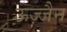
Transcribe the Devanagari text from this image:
ऊज्जैन